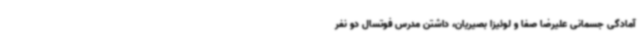
آمادگی جسمانی علیرضا صفا و لوئیزا بصیریان، داشتن مدرس فوتسال دو نفر